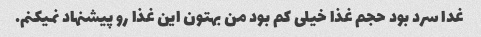
غدا سرد بود حجم غذا خیلی کم بود من بهتون این غذا رو پیشنهاد نمیکنم.